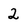
Character: 2